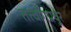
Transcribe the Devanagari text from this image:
तत्त्वांगप्रचुर